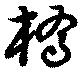
橋